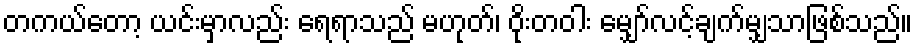
တကယ်တော့ ယင်းမှာလည်း ရေရာသည် မဟုတ်၊ ဝိုးတဝါး မျှော်လင့်ချက်မျှသာဖြစ်သည်။